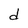
Character: d